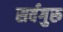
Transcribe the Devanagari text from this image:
सर्वगुरु